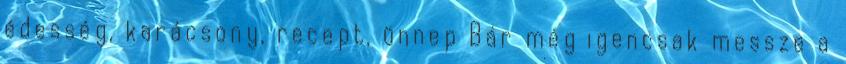
édesség, karácsony, recept, ünnep Bár még igencsak messze a